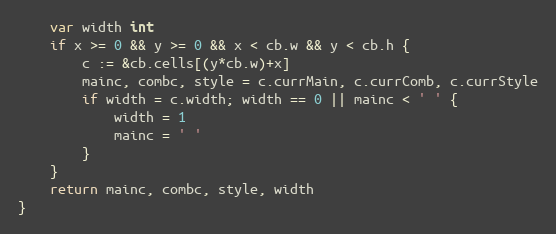
Language: Go
	var width int
	if x >= 0 && y >= 0 && x < cb.w && y < cb.h {
		c := &cb.cells[(y*cb.w)+x]
		mainc, combc, style = c.currMain, c.currComb, c.currStyle
		if width = c.width; width == 0 || mainc < ' ' {
			width = 1
			mainc = ' '
		}
	}
	return mainc, combc, style, width
}